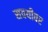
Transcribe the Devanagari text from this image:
सवयीवर